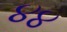
૪૪